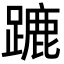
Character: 蹗